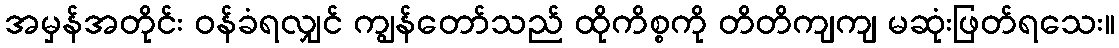
အမှန်အတိုင်း ဝန်ခံရလျှင် ကျွန်တော်သည် ထိုကိစ္စကို တိတိကျကျ မဆုံးဖြတ်ရသေး။